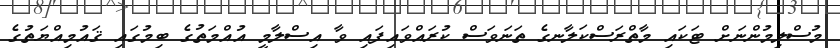
މުސްލިމުންނަށް ޓަކައި މާތްރަސްކަލާނގެ ތަނަވަސް ކުރައްވައިފައި ވާ އިސްލާމީ އުއްމަތުގެ ބިމުގައި ޤައުމިއްޔަތުގެ